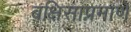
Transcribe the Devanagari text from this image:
बक्षिसाप्रमाणे